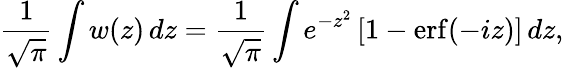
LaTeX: {\frac{1}{\sqrt{\pi}}}\int w(z)\, dz={\frac{1}{\sqrt{\pi}}}\int e^{-z^{2}}\left[1-\operatorname{erf}(-iz)\right]\, dz,